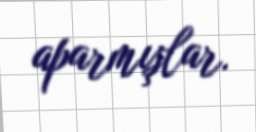
aparmışlar.